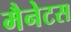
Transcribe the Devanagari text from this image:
मैनेटस